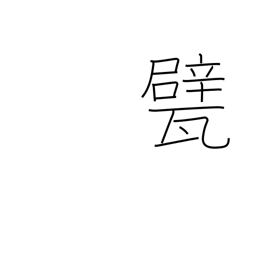
Meaning: floor tiles